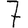
Digit: 7